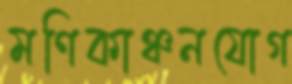
মণিকাঞ্চনযোগ